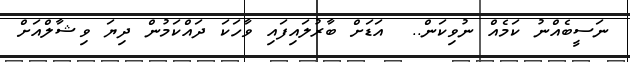
ނަސީބެއްނު ކަމެއް ނުވިކަން..  އަޑަށް ބާރުލައިފައި ވާހަކަ ދައްކަމުން ދިޔަ ވިޝާލްއަށް